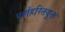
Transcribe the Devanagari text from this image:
पर्णहरितयुक्त